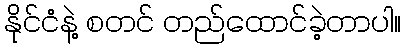
နိုင်ငံနဲ့ စတင် တည်ထောင်ခဲ့တာပါ။